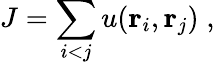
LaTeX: J=\sum_{i<j}u({\mathbf r}_{i},{\mathbf r}_{j})\; ,